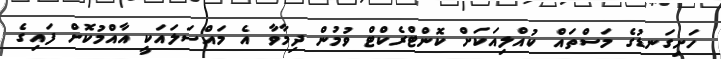
ހަށިގަނޑުގެ މަސްތައް ކުއްލިއަކަށް ކޮންޓްރެކްޓް ވުމުން ދިމާވާ އެ މައްސަލައަކީ އާއްމުކޮށް ފައިގެ